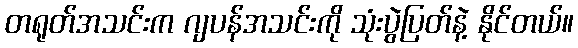
တရုတ်အသင်းက ဂျပန်အသင်းကို သုံးပွဲပြတ်နဲ့ နိုင်တယ်။